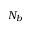
N _ { b }